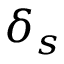
\delta _ { s }